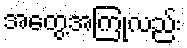
အတွေ့အကြုံလည်း